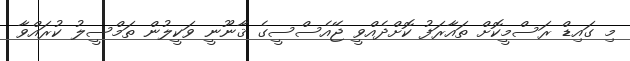
މި ގައިޑް ރަސްމީކޮށް ތައާރަފު ކޮށްދެއްވީ ޖޭއެސްސީގެ ޤާނޫނީ ވަކީލުން ތަމްސީލު ކުރައްވާ